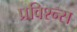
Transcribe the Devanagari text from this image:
प्रविश्न्स